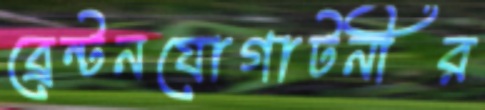
ব্রেন্টনযোগাটনীর